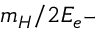
m _ { H } / 2 E _ { e ^ { - } }